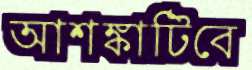
আশঙ্কাটিবে